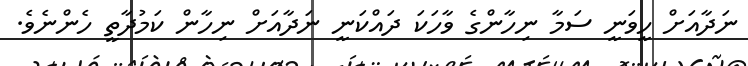
ނަދާއަށް ހީވަނީ ސަމާ ނިހާންގެ ވާހަކަ ދައްކަނީ ނަދާއަށް ނިހާން ކަމުދާތީ ހެންނެވެ.